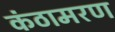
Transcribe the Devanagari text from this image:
कंठामरण